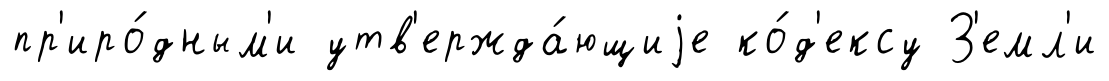
пр'иро́дным'и утв'ержда́ющиjе ко́д'ексу З'емл'и